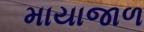
માયાજાળ